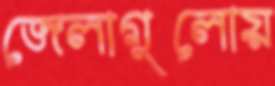
জেলাগুলোয়